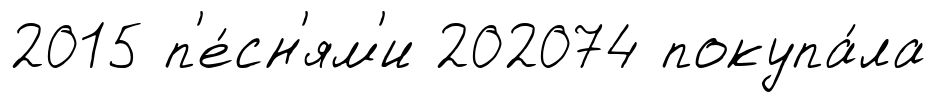
2015 п'е́сн'ям'и 202074 покупа́ла